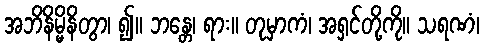
အဘိနိမ္မိနိတွာ၊ ၍။ ဘန္တေ၊ ရား။ တုမှာကံ၊ အရှင်တို့ကို။ သရဏံ၊